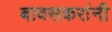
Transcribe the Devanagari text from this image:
बावसकरांनी